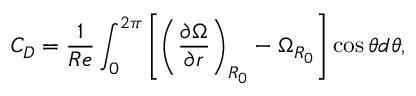
C _ { D } = \frac { 1 } { R e } \int _ { 0 } ^ { 2 \pi } \left[ \left( \frac { \partial \Omega } { \partial r } \right) _ { R _ { 0 } } - \Omega _ { R _ { 0 } } \right] \cos { \theta } d \theta ,